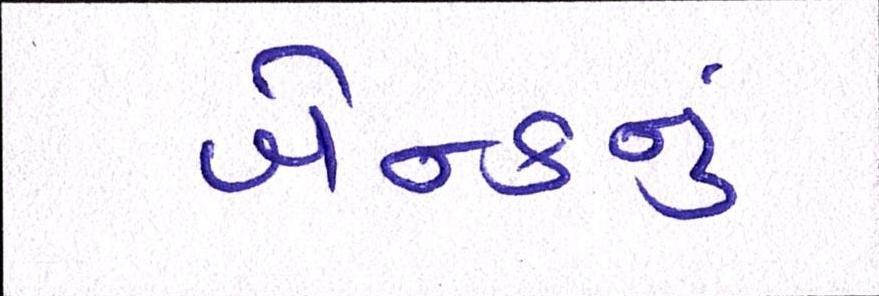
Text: બેન્કનું